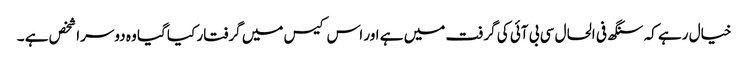
خیال رہے کہ سنگھ فی الحال سی بی آئی کی گرفت میں ہے اور اس کیس میں گرفتار کیا گیا وہ دوسرا شخص ہے ۔